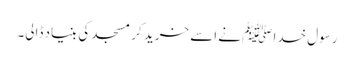
رسول خدا ﷺ نے اسے خرید کر مسجد کی بنیاد ڈالی۔